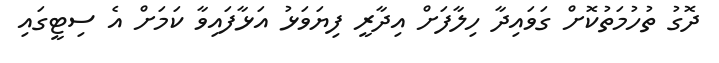
ދޮގު ތުހުމަތުކޮށް ގަވައިދާ ހިލާފަށް އިދާރީ ފިޔަވަޅު އަޅާފައިވާ ކަމަށް އެ ސިޓީގައި